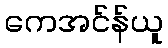
ကေအင်န်ယူ